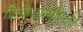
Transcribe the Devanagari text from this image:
क्रिकेटप्रेमींपर्यंत